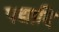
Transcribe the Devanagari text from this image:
पद्यादि